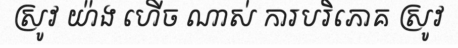
ស្រូវ យ៉ាង ហើច ណាស់ ការបរិភោគ ស្រូវ